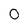
Character: 0